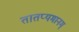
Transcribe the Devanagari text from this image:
तातप्यमानम्